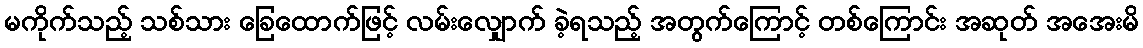
မကိုက်သည့် သစ်သား ခြေထောက်ဖြင့် လမ်းလျှောက် ခဲ့ရသည့် အတွက်ကြောင့် တစ်ကြောင်း အဆုတ် အအေးမိ